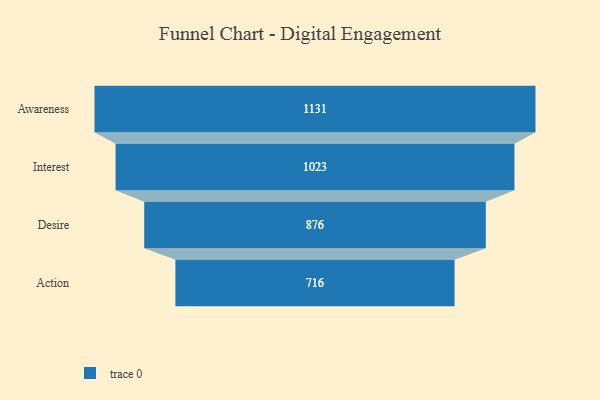
{"axis": {"x": "Stage", "y": "Value"}, "legend": [""], "data": [{"x": "Awareness", "y": 1131.0, "type": ""}, {"x": "Interest", "y": 1023.0, "type": ""}, {"x": "Desire", "y": 876.0, "type": ""}, {"x": "Action", "y": 716.0, "type": ""}]}